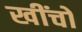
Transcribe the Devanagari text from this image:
खींचों